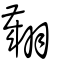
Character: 翽